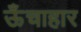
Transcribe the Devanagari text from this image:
ऊँचाहार